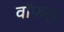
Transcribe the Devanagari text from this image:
वॉफर्ड